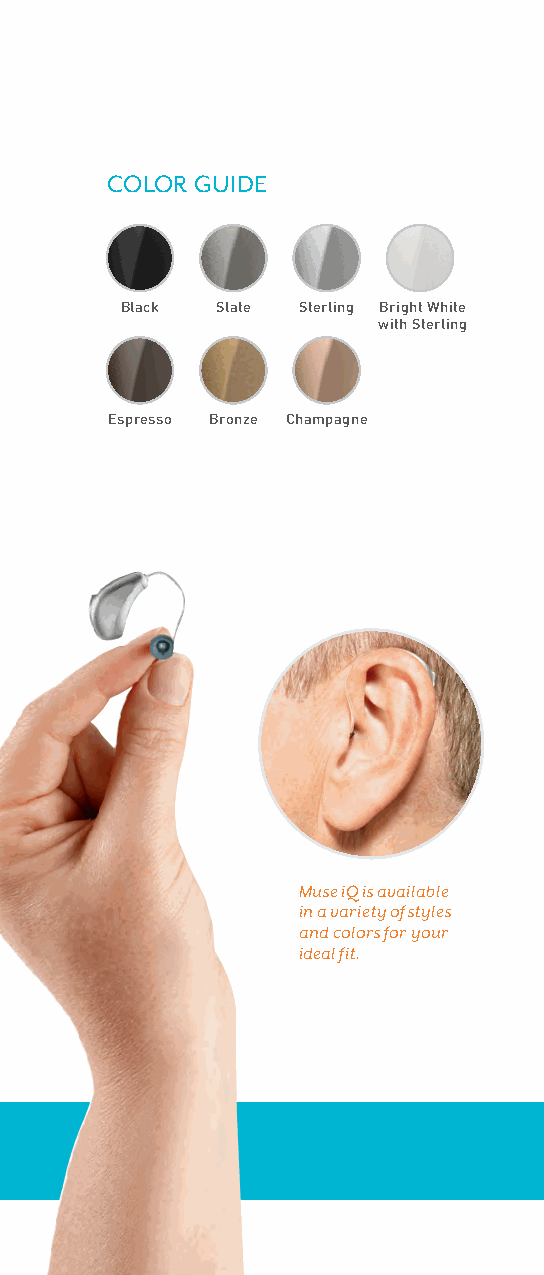
COLOR GUIDE
 Black Slate Sterling Bright White
 with Sterling
 Espresso Bronze Champagne
 Muse iQ is available
 in a variety of styles
 and colors for your
 ideal fit.